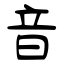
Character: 音